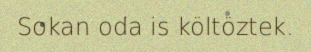
Sokan oda is költöztek.